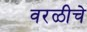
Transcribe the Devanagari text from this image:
वरळीचे